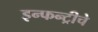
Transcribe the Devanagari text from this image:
इन्फन्ट्रीचे